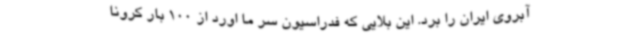
آبروی ایران را برد. این بلایی که فدراسیون سر ما اورد از 100 بار کرونا